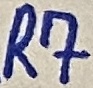
Text: R7